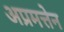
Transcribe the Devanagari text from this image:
अप्रमत्तेन